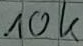
Text: 10k